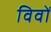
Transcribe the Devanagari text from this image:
विवों